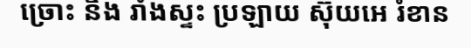
ច្រោះ និង រាំងស្ទះ ប្រឡាយ ស៊ុយអេ រំខាន